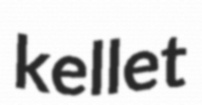
kellet